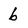
Character: b